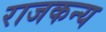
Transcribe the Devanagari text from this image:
राजकन्य